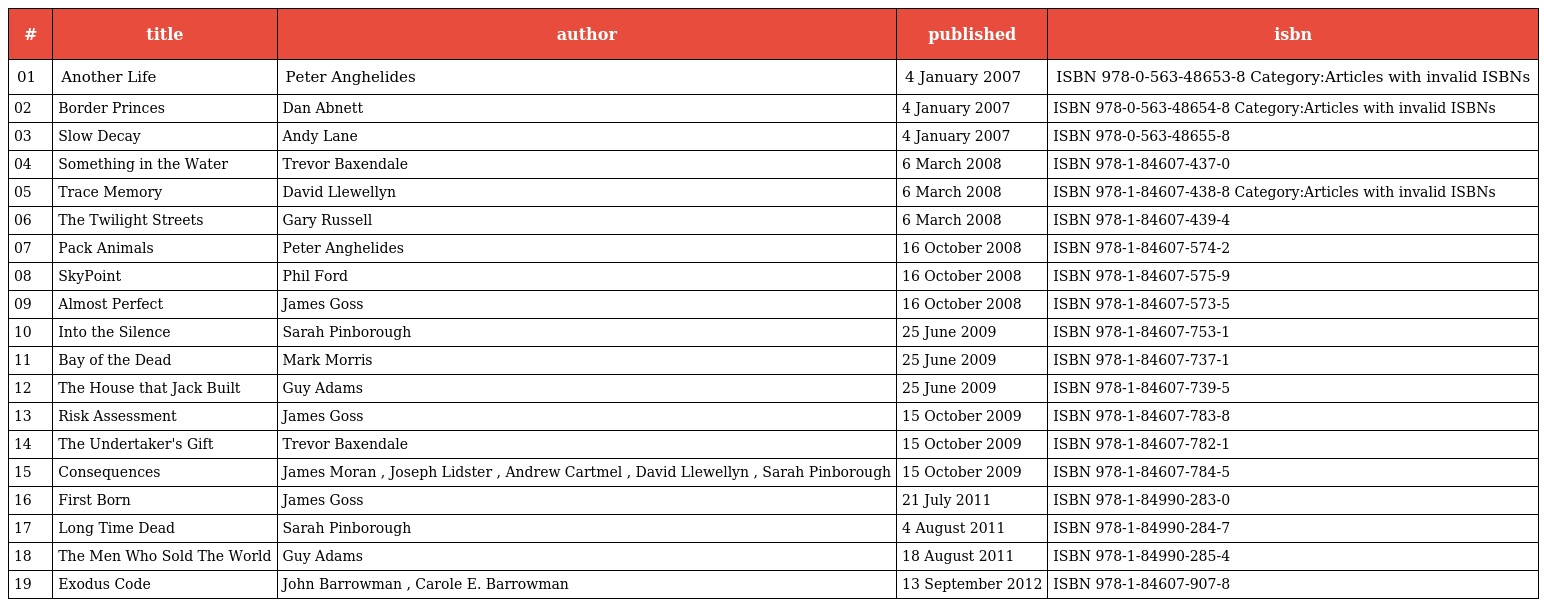
| # | title | author | published | isbn |
 | --- | --- | --- | --- | --- |
 | 01 | Another Life | Peter Anghelides | 4 January 2007 | ISBN 978-0-563-48653-8 Category:Articles with invalid ISBNs |
 | 02 | Border Princes | Dan Abnett | 4 January 2007 | ISBN 978-0-563-48654-8 Category:Articles with invalid ISBNs |
 | 03 | Slow Decay | Andy Lane | 4 January 2007 | ISBN 978-0-563-48655-8 |
 | 04 | Something in the Water | Trevor Baxendale | 6 March 2008 | ISBN 978-1-84607-437-0 |
 | 05 | Trace Memory | David Llewellyn | 6 March 2008 | ISBN 978-1-84607-438-8 Category:Articles with invalid ISBNs |
 | 06 | The Twilight Streets | Gary Russell | 6 March 2008 | ISBN 978-1-84607-439-4 |
 | 07 | Pack Animals | Peter Anghelides | 16 October 2008 | ISBN 978-1-84607-574-2 |
 | 08 | SkyPoint | Phil Ford | 16 October 2008 | ISBN 978-1-84607-575-9 |
 | 09 | Almost Perfect | James Goss | 16 October 2008 | ISBN 978-1-84607-573-5 |
 | 10 | Into the Silence | Sarah Pinborough | 25 June 2009 | ISBN 978-1-84607-753-1 |
 | 11 | Bay of the Dead | Mark Morris | 25 June 2009 | ISBN 978-1-84607-737-1 |
 | 12 | The House that Jack Built | Guy Adams | 25 June 2009 | ISBN 978-1-84607-739-5 |
 | 13 | Risk Assessment | James Goss | 15 October 2009 | ISBN 978-1-84607-783-8 |
 | 14 | The Undertaker's Gift | Trevor Baxendale | 15 October 2009 | ISBN 978-1-84607-782-1 |
 | 15 | Consequences | James Moran , Joseph Lidster , Andrew Cartmel , David Llewellyn , Sarah Pinborough | 15 October 2009 | ISBN 978-1-84607-784-5 |
 | 16 | First Born | James Goss | 21 July 2011 | ISBN 978-1-84990-283-0 |
 | 17 | Long Time Dead | Sarah Pinborough | 4 August 2011 | ISBN 978-1-84990-284-7 |
 | 18 | The Men Who Sold The World | Guy Adams | 18 August 2011 | ISBN 978-1-84990-285-4 |
 | 19 | Exodus Code | John Barrowman , Carole E. Barrowman | 13 September 2012 | ISBN 978-1-84607-907-8 |